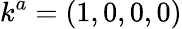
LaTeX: k^{a}=(1,0,0,0)